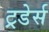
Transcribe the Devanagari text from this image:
ट्रडेर्स